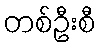
တစ်ဦးစီ